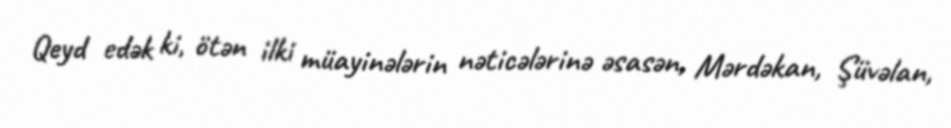
Qeyd edək ki, ötən ilki müayinələrin nəticələrinə əsasən, Mərdəkan, Şüvəlan,